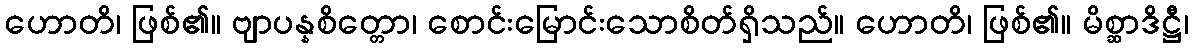
ဟောတိ၊ ဖြစ်၏။ ဗျာပန္နစိတ္တော၊ စောင်းမြောင်းသောစိတ်ရှိသည်။ ဟောတိ၊ ဖြစ်၏။ မိစ္ဆာဒိဋ္ဌီ၊